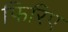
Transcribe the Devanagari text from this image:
फिरिए